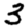
Digit: 3